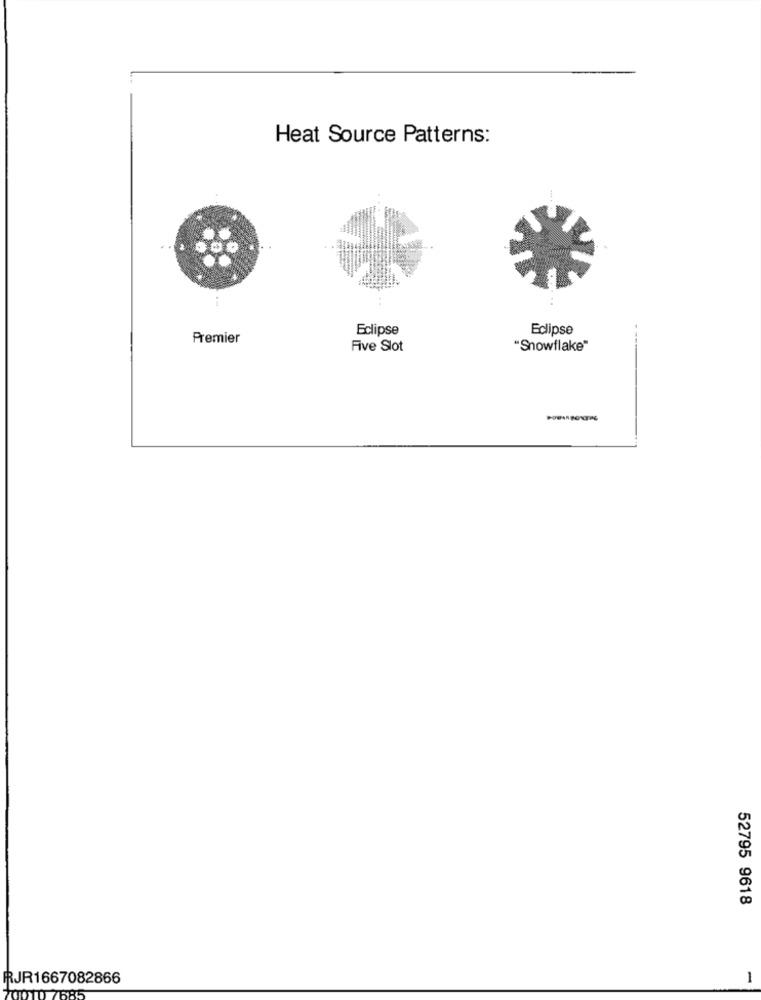
Heat Source Patterns:
Eclipse
Eclipse
Premier
Five Slot
"Snowflake"
52795 9618
RRJR1667082866